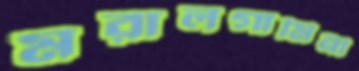
মরালগামিনী